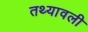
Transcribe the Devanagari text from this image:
तथ्यावली